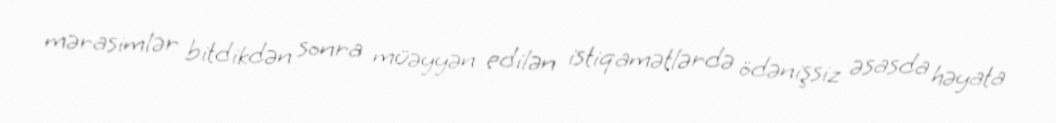
mərasimlər bitdikdən sonra müəyyən edilən istiqamətlərdə ödənişsiz əsasda həyata